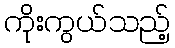
ကိုးကွယ်သည့်